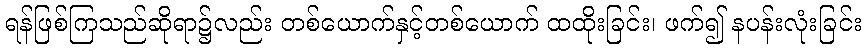
ရန်ဖြစ်ကြသည်ဆိုရာ၌လည်း တစ်ယောက်နှင့်တစ်ယောက် ထထိုးခြင်း၊ ဖက်၍ နပန်းလုံးခြင်း